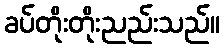
ခပ်တိုးတိုးညည်းသည်။